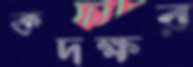
কদক্ষর